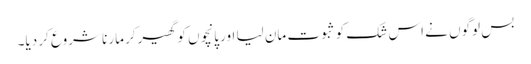
بس لوگوں نے اس شک کو ثبوت مان لیا اور پانچوں کو گھیر‌کر مارنا شروع کر دیا۔